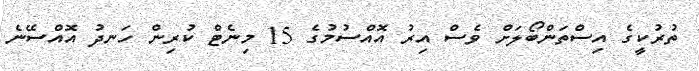
ތުރުކީގެ އިސްތަންބޯލަށް ވެސް އިރު އޮއްސުމުގެ 15 މިނެޓް ކުރިން ހަނދު އޮއްސޭނެ